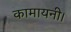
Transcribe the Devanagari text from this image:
कामायनी।